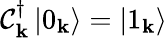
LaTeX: \mathcal{C}_{\mathbf{{k}}}^{\dagger}\left|0_{\mathbf{{k}}}\right\rangle=\left|1_{\mathbf{{k}}}\right\rangle